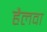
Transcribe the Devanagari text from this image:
हैलवा